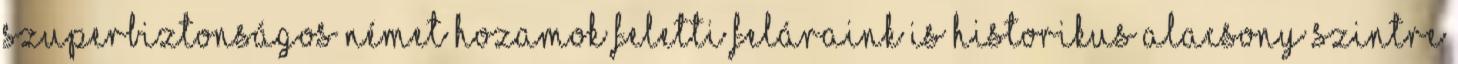
szuperbiztonságos német hozamok feletti feláraink is historikus alacsony szintre